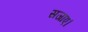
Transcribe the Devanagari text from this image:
सजाए।